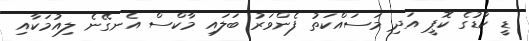
ޑީ ކާޑުގެ ކޮޕީ އަދި މަސައްކަތު ފެންވަރު ބަލައި މާކްސް އެނގޭނެ ލިއުމަކާއި